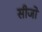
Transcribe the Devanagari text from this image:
सीजो